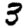
Digit: 3